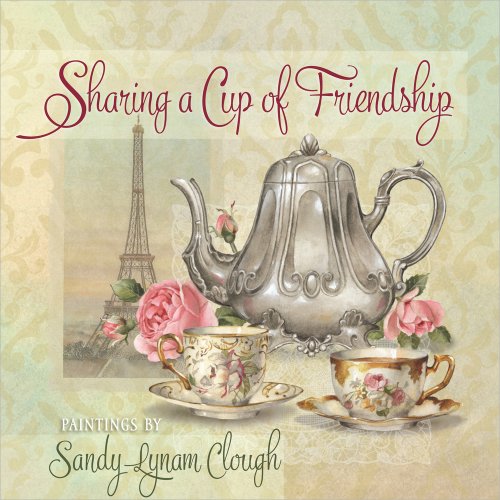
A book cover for Sharing a Cup of Friendship; Self-Help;